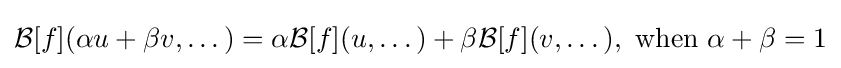
{\mathcal {B}}[f](\alpha u+\beta v,\dots )=\alpha {\mathcal {B}}[f](u,\dots )+\beta {\mathcal {B}}[f](v,\dots ),{\text{ when }}\alpha +\beta =1